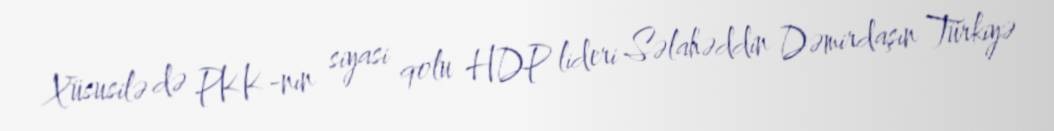
Xüsusilə də PKK-nın siyasi qolu HDP lideri Səlahəddin Dəmirdaşın Türkiyə